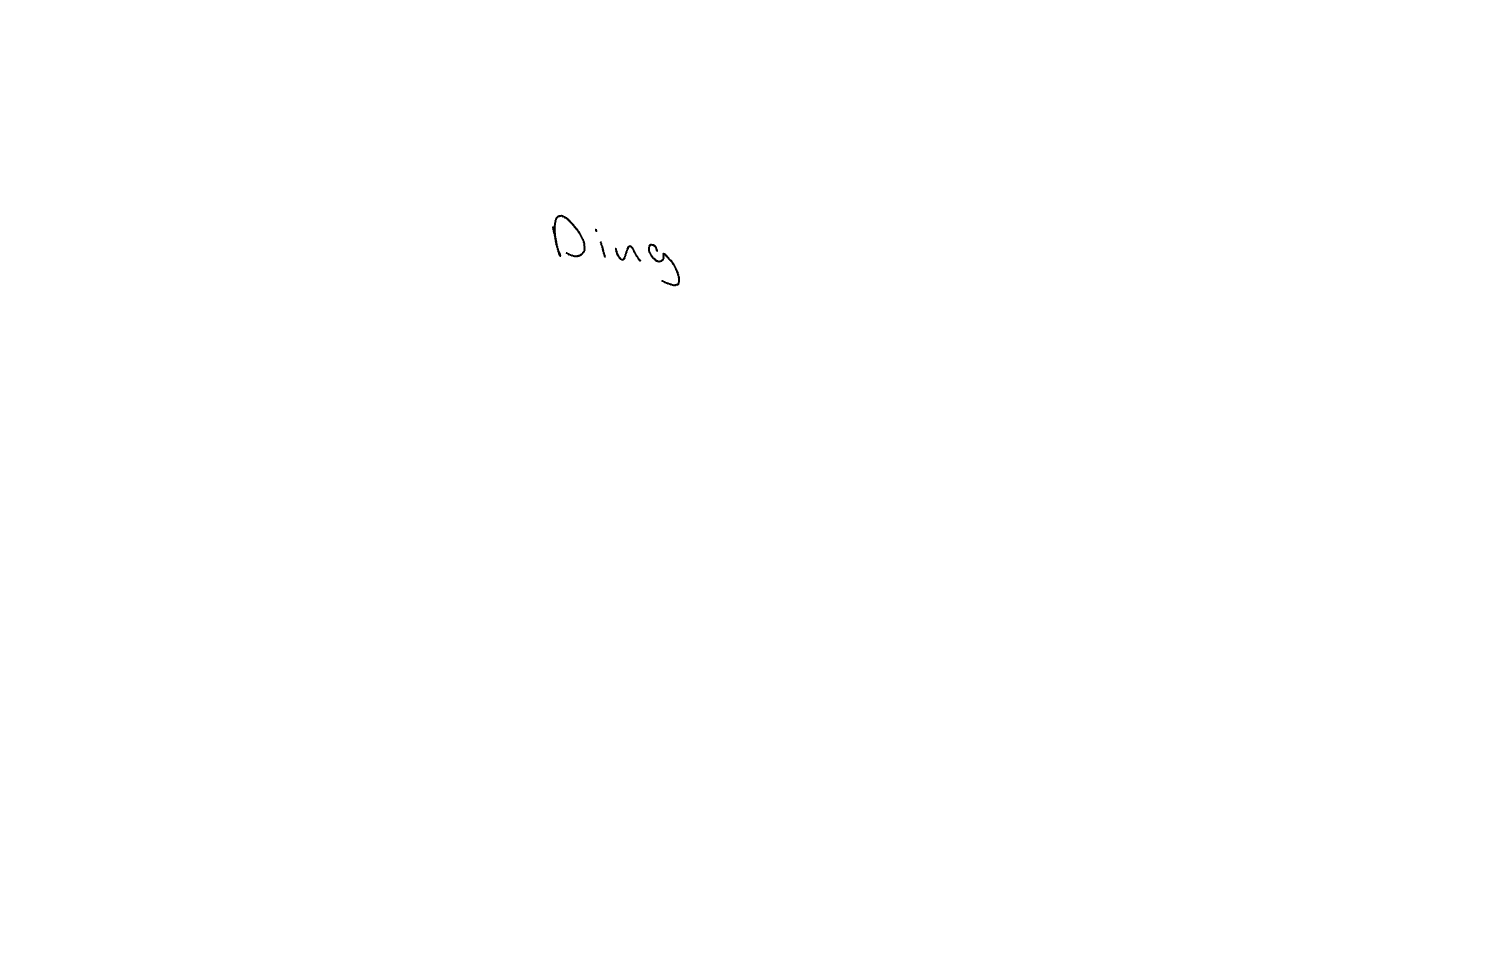
Text: Ding